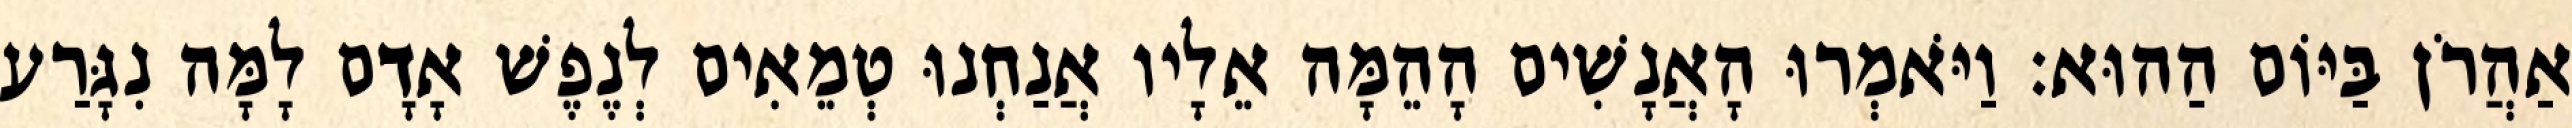
אַהֲרֹן בַּיּוֹם הַהוּא׃ וַיֹּאמְרוּ הָאֲנָשִׁים הָהֵמָּה אֵלָיו אֲנַחְנוּ טְמֵאִים לְנֶפֶשׁ אָדָם לָמָּה נִגָּרַע